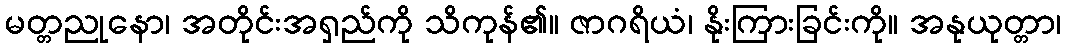
မတ္တညုနော၊ အတိုင်းအရှည်ကို သိကုန်၏။ ဇာဂရိယံ၊ နိုးကြားခြင်းကို။ အနုယုတ္တာ၊